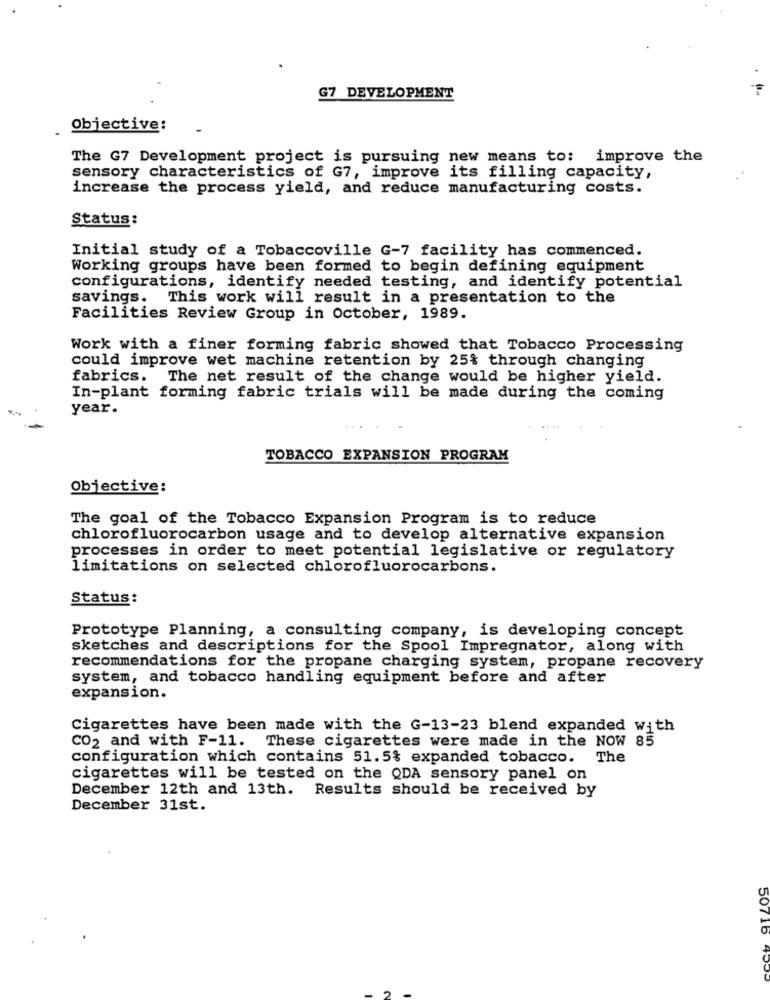
G7 DEVELOPMENT
Objective:
The G7 Development project is pursuing new means to: improve the
sensory characteristics of G7, improve its filling capacity,
increase the process yield, and reduce manufacturing costs.
Status:
Initial study of a Tobaccoville G-7 facility has commenced.
Working groups have been formed to begin defining equipment
configurations, identify needed testing, and identify potential
savings. This work will result in a presentation to the
Facilities Review Group in October, 1989.
Work with a finer forming fabric showed that Tobacco Processing
could improve wet machine retention by 25% through changing
fabrics. The net result of the change would be higher yield.
In-plant forming fabric trials will be made during the coming
year.
TOBACCO EXPANSION PROGRAM
Objective:
The goal of the Tobacco Expansion Program is to reduce
chlorofluorocarbon usage and to develop alternative expansion
processes in order to meet potential legislative or regulatory
limitations on selected chlorofluorocarbons.
Status:
Prototype Planning, a consulting company, is developing concept
sketches and descriptions for the Spool Impregnator, along with
recommendations for the propane charging system, propane recovery
system, and tobacco handling equipment before and after
expansion.
Cigarettes have been made with the G-13-23 blend expanded with
CO2 and with F-11. These cigarettes were made in the NOW 85
configuration which contains 51.5% expanded tobacco. The
cigarettes will be tested on the QDA sensory panel on
December 12th and 13th. Results should be received by
December 31st.
50716 499